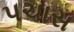
પચાસ